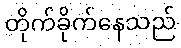
တိုက်ခိုက်နေသည်